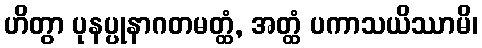
ဟိတွာ ပုနပ္ပုနာဂတမတ္ထံ, အတ္ထံ ပကာသယိဿာမိ၊